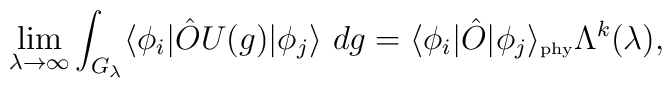
\lim_{\lambda\rightarrow\infty}\int_{G_\lambda} \langle \phi_i|\hat{O}U(g)|\phi_j \rangle \ dg =\langle \phi_i|\hat{O}|\phi_j \rangle_{\mbox{\tiny phy}}\Lambda^k(\lambda),